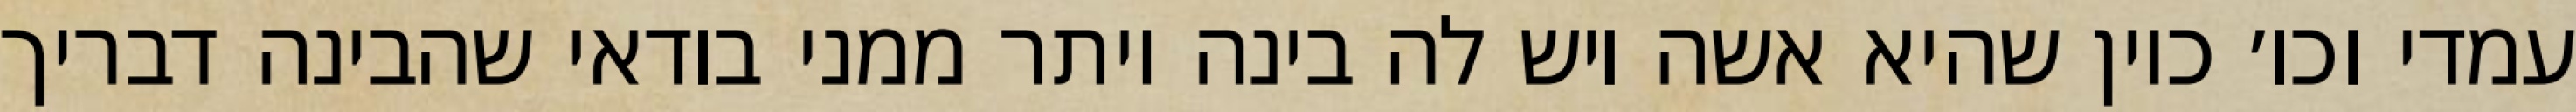
עמדי וכו׳ כיון שהיא אשה ויש לה בינה יותר ממני בודאי שהבינה דבריך